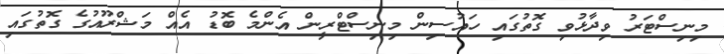
މިނިސްޓަރު ވިދާޅުވި ގޮތުގައި ހައުސިން މިނިސްޓްރީން އެންމެ ބޮޑު އެއް މަޝްރޫއުގެ ގޮތުގައި